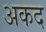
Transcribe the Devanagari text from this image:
अकद